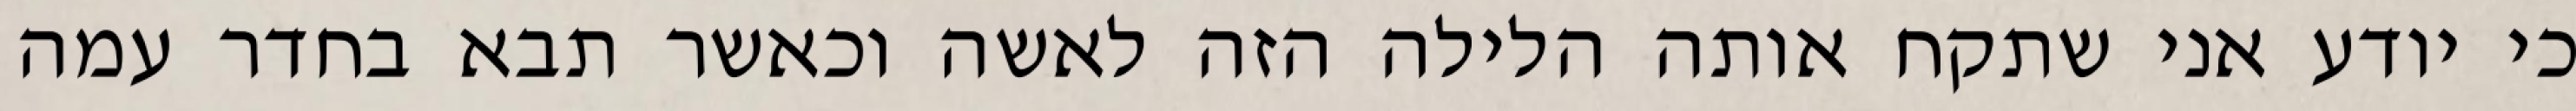
כי יודע אני שתקח אותה הלילה הזה לאשה וכאשר תבא בחדר עמה